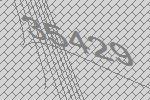
35429